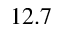
1 2 . 7